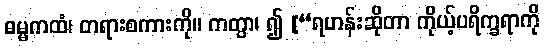
ဓမ္မကထံ၊ တရားစကားကို။ ကတွာ၊ ၍ [“ရဟန်းဆိုတာ ကိုယ့်ပရိက္ခရာကို